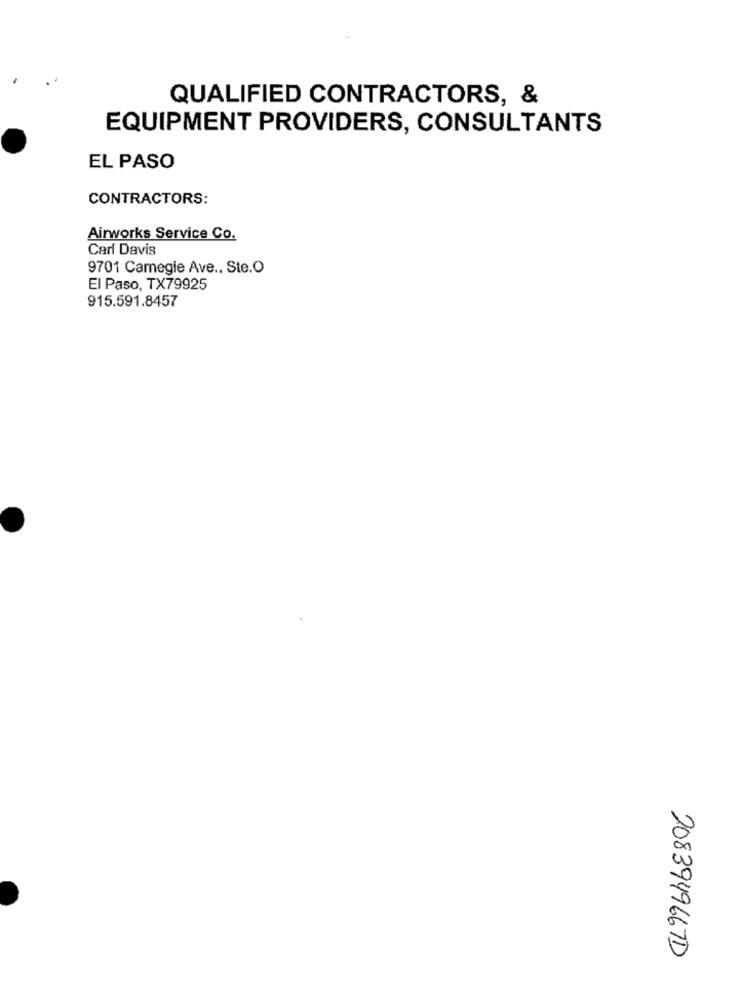
QUALIFIED CONTRACTORS, &
EQUIPMENT PROVIDERS, CONSULTANTS
EL PASO
CONTRACTORS:
Airworks Service Co.
Carl Davis
9701 Camegie Ave ., Ste.O
El Paso, TX79925
915.591.8457
208394966TD